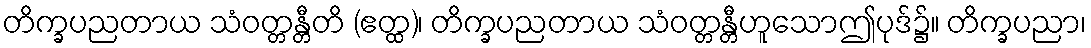
တိက္ခပညတာယ သံဝတ္တန္တီတိ (ဧတ္ထ)၊ တိက္ခပညတာယ သံဝတ္တန္တီဟူသောဤပုဒ်၌။ တိက္ခပညာ၊